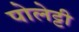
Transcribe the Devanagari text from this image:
पोलेट्टी